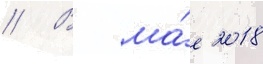
// В ма́е 2018